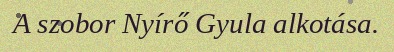
A szobor Nyírő Gyula alkotása.